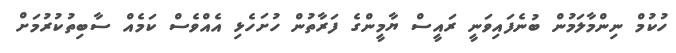
ހުކުމް ނިންމާލަމުން ބުނެފައިވަނީ ރައީސް ޔާމީންގެ ފަރާތުން ހުށަހެޅި އެއްވެސް ކަމެއް ސާބިތުކުރުމަށް